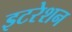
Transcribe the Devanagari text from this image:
इटरेशन